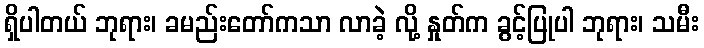
ရှိပါတယ် ဘုရား၊ ခမည်းတော်ကသာ လာခဲ့ လို့ နှုတ်က ခွင့်ပြုပါ ဘုရား၊ သမီး